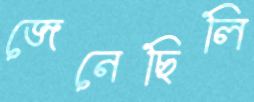
জেনেছিলি